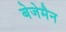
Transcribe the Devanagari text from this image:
बेजेमैन